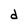
Character: d